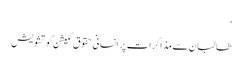
‘
طالبان سے مذاکرات پر انسانی حقوق کمیشن کو تشویش